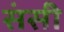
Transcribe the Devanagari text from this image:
संसी